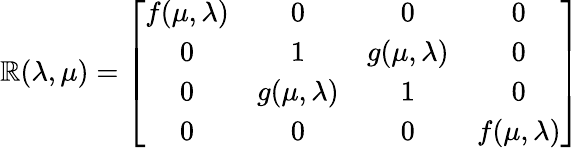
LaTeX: \mathbb{R}(\lambda,\mu)=\left[\begin{array}{cccc}{{f(\mu,\lambda)}}&{{0}}&{{0}}&{{0}}\\ {{0}}&{{1}}&{{g(\mu,\lambda)}}&{{0}}\\ {{0}}&{{g(\mu,\lambda)}}&{{1}}&{{0}}\\ {{0}}&{{0}}&{{0}}&{{f(\mu,\lambda)}}\end{array}\right]